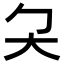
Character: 𡗛